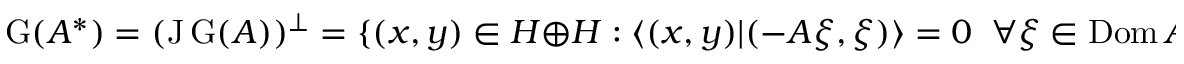
\operatorname { G } ( A ^ { * } ) = ( \operatorname { J } \operatorname { G } ( A ) ) ^ { \perp } = \{ ( x , y ) \in H \oplus H : \langle ( x , y ) | ( - A \xi , \xi ) \rangle = 0 \; \; \forall \xi \in \operatorname { D o m } A \}